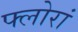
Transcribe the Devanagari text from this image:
फ्लोरां